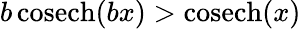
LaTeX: b\, \mathrm{cosech}(bx)>\mathrm{cosech}(x)